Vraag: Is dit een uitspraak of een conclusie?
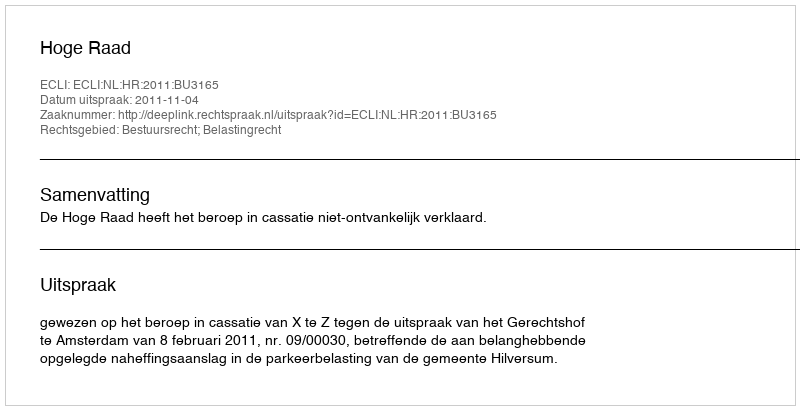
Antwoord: Uitspraak